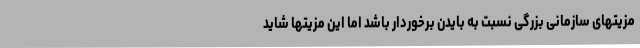
مزیتهای سازمانی بزرگی نسبت به بایدن برخوردار باشد اما این مزیتها شاید